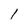
Character: l